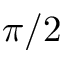
\pi / 2